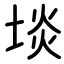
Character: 埮